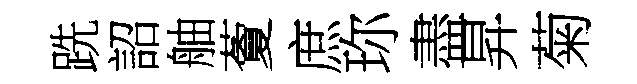
跣詔舳藑庶珎盡昇菊